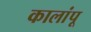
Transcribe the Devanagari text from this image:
कालांपू